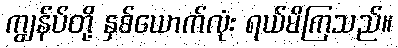
ကျွန်ပ်တို့ နှစ်ယောက်လုံး ရယ်မိကြသည်။